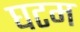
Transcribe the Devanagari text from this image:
घटम